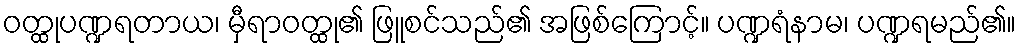
ဝတ္ထုပဏ္ဍရတာယ၊ မှီရာဝတ္ထု၏ ဖြူစင်သည်၏ အဖြစ်ကြောင့်။ ပဏ္ဍရံနာမ၊ ပဏ္ဍရမည်၏။